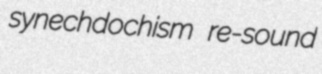
synechdochism re-sound